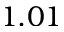
1 . 0 1